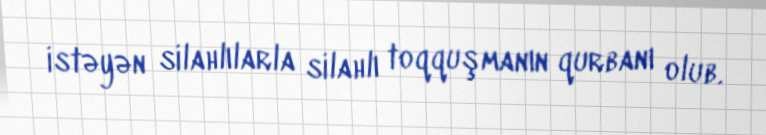
istəyən silahlılarla silahlı toqquşmanın qurbanı olub.